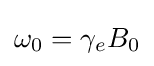
\omega _{0}=\gamma _{e}B_{0}